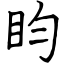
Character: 盷